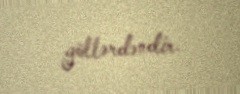
göllərdəndir.